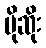
ပိုဆိုး